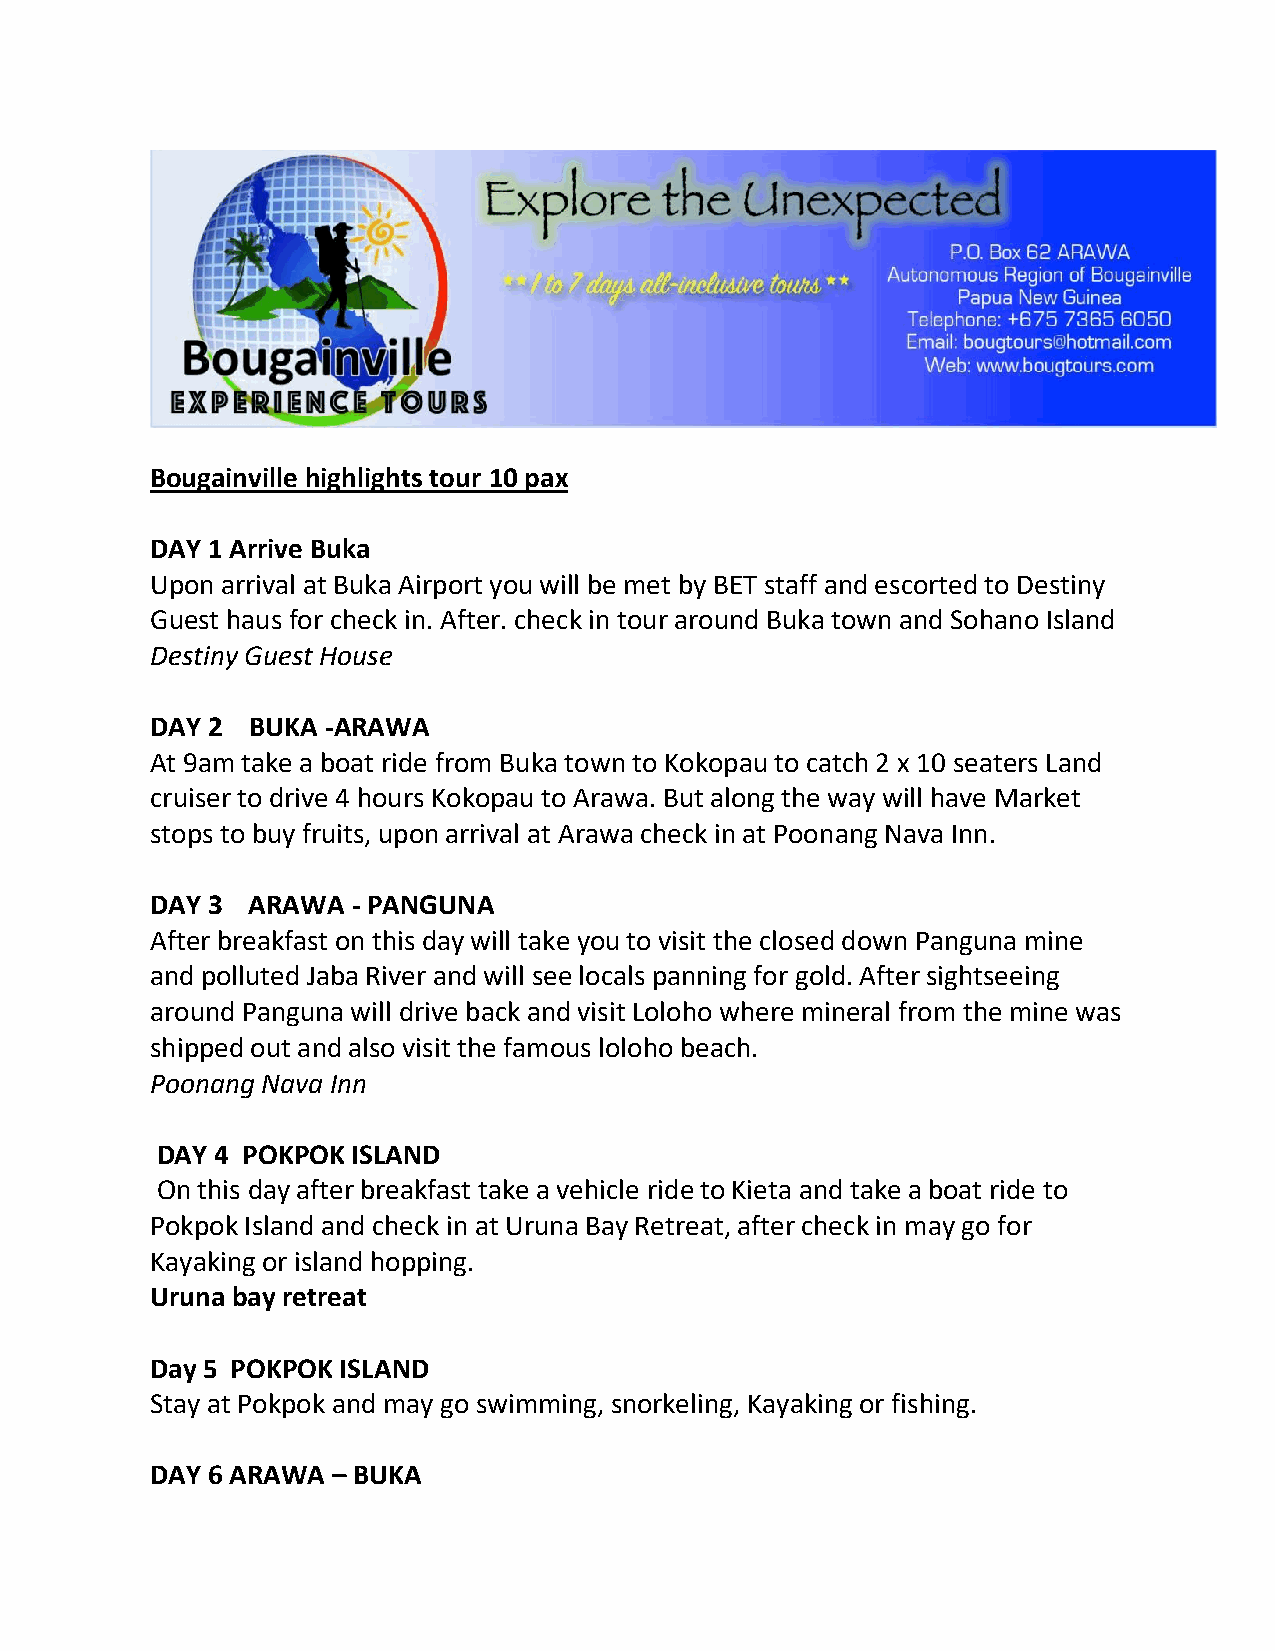
Bougainville highlights tour 10 pax
 DAY 1 Arrive Buka
 Upon arrival at Buka Airport you will be met by BET staff and escorted to Destiny
 Guest haus for check in. After. check in tour around Buka town and Sohano Island
 Destiny Guest House
 DAY 2 BUKA -ARAWA
 At 9am take a boat ride from Buka town to Kokopau to catch 2 x 10 seaters Land
 cruiser to drive 4 hours Kokopau to Arawa. But along the way will have Market
 stops to buy fruits, upon arrival at Arawa check in at Poonang Nava Inn.
 DAY 3 ARAWA  - PANGUNA
 After breakfast on this day will take you to visit the closed down Panguna mine
 and polluted Jaba River and will see locals panning for gold. After sightseeing
 around Panguna will drive back and visit Loloho where mineral from the mine was
 shipped out and also visit the famous loloho beach.
 Poonang Nava Inn
 DAY 4 POKPOK ISLAND
 On this day after breakfast take a vehicle ride to Kieta and take a boat ride to
 Pokpok Island and check in at Uruna Bay Retreat, after check in may go for
 Kayaking or island hopping.
 Uruna bay retreat
 Day 5 POKPOK ISLAND
 Stay at Pokpok and may go swimming, snorkeling, Kayaking or fishing.
 DAY 6 ARAWA – BUKA